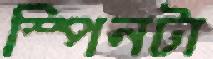
স্পিনটা